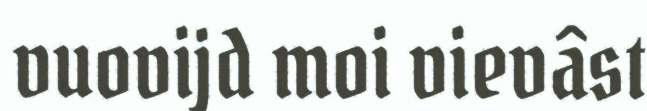
vuovijd moi vievâst